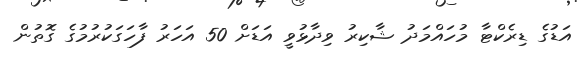
އަޑުގެ ޑިރެކްޓާ މުހައްމަދު ޝާކިރު ވިދާޅުވީ އަޑަށް 50 އަހަރު ފާހަގަކުރުމުގެ ގޮތުން